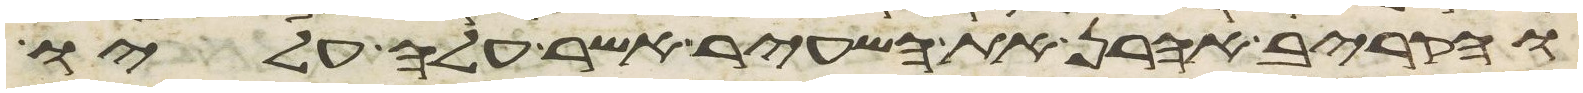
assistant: והקריב אהרן את השעיר אשר עלה עליו